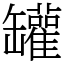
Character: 罐